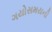
ગયોસમયની